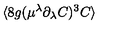
\langle 8 g ( \mu ^ { \lambda } \partial _ { \lambda } { C } ) ^ { 3 } C \rangle